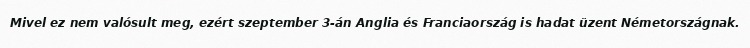
Mivel ez nem valósult meg, ezért szeptember 3-án Anglia és Franciaország is hadat üzent Németországnak.